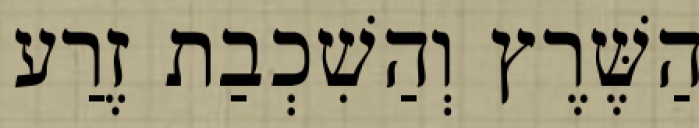
הַשֶּׁרֶץ וְהַשִׁכְבַת זֶרַע